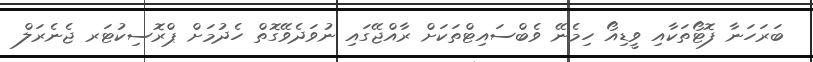
ބަރަހަނާ ފޮޓޯތަކާއި ވީޑިއޯ ހިމެނޭ ވެބްސައިޓްތަކަށް ރާއްޖޭގައި ނުވަދެވޭގޮތް ހެދުމަށް ޕްރޮސިކުޓަރ ޖެނެރަލް